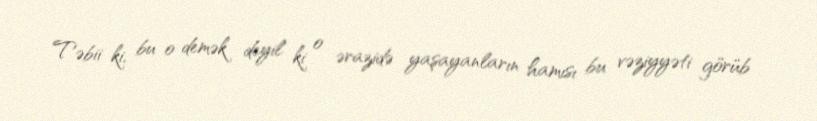
Təbii ki, bu o demək deyil ki o ərazidə yaşayanların hamısı bu vəziyyəti görüb